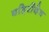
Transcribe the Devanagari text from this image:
बहिरीदेव